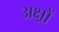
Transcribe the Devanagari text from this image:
अक्ष्रों